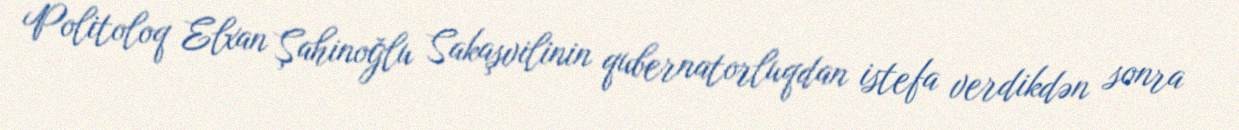
Politoloq Elxan Şahinoğlu Sakaşvilinin qubernatorluqdan istefa verdikdən sonra